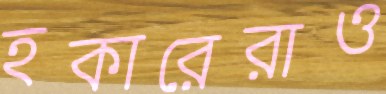
হকারেরাও